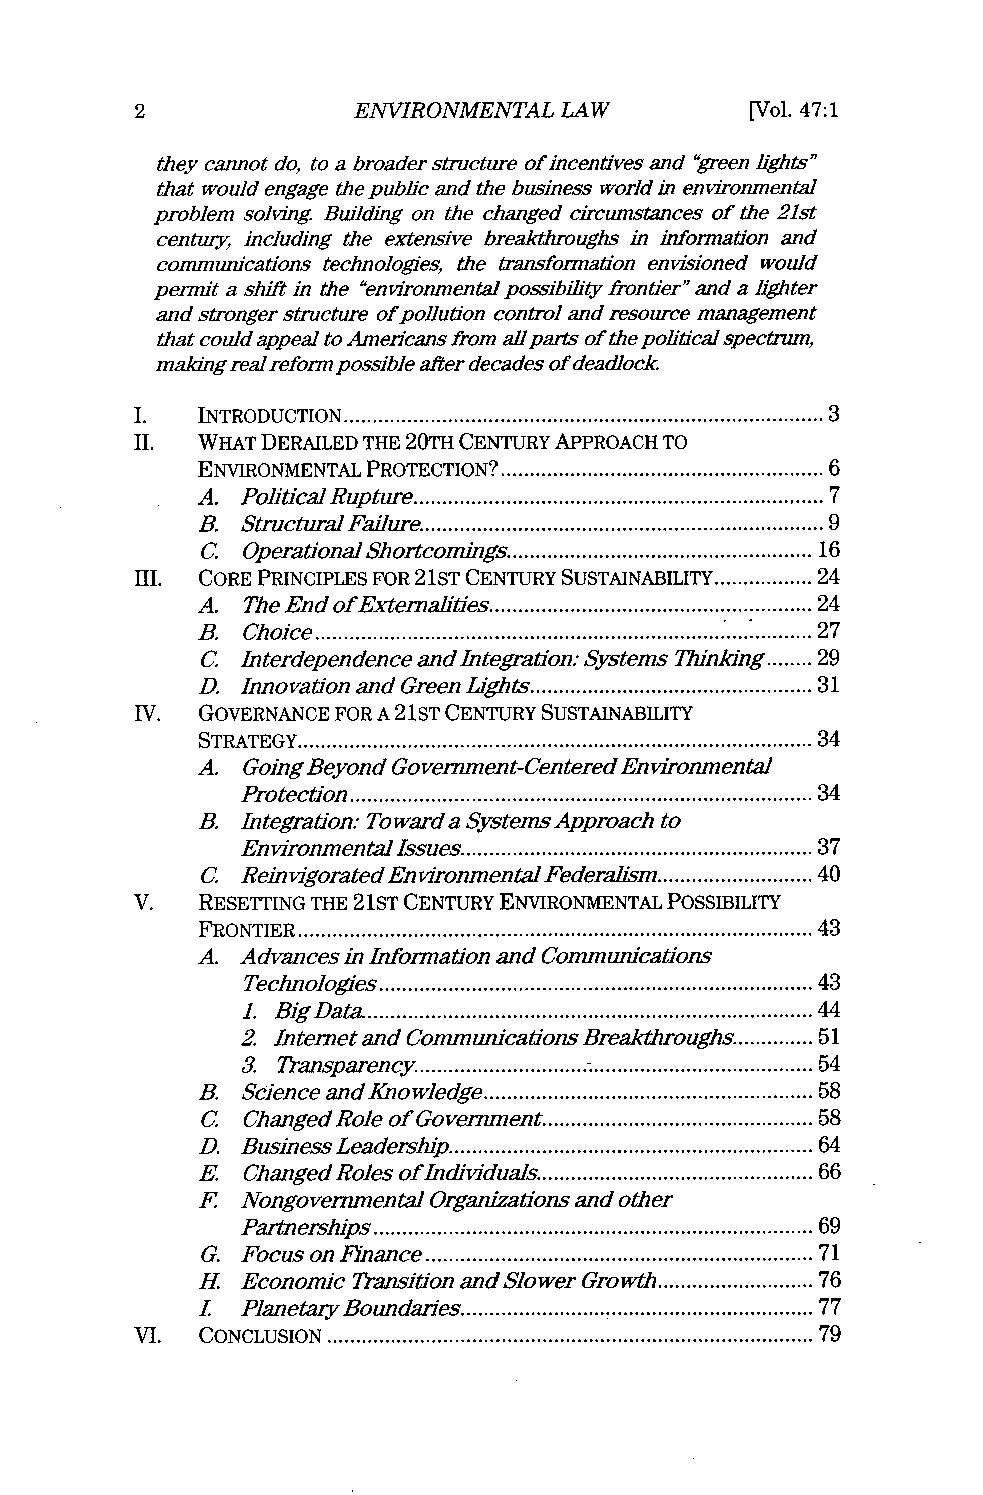
2             ENVIRONMENTAL LAW          [Vol. 47:1
 they cannot do, to a broaders tructure of incentives and "greenh ghts"
 that would engage the public and the business world in environmental
 problem solving. Building on the changed circumstances of the 21st
 century, including the extensive breakthroughs in information and
 communications technologies, the transformation envisioned would
 permit a shift in the "environmentalp ossibility frontier"a nd a lighter
 and stronger structure of pollution control and resource management
 that could appeal to Americans from allp arts of the politicals pectrum,
 making realreformp ossible after decades of deadlock.
 I.  INTRODUCTION ......................................... 3
 II. WHAT DERAILED THE 20TH CENTURY APPROACH TO
 ENVIRONMENTAL PROTECTION? . .... ..... .. ................ 6
 A. PohticalR upture. ...................... .......... 7
 B. StructuralF ailure........................... 9
 C  OperationaSl hortcomings..................... 16
 III. CORE PRINCIPLES FOR 21ST CENTURY SUSTAINABILITY.............. 24
 A. The End of Externalities. ................ ......... 24
 B. Choice    .......................................... 27
 C  Interdependencea nd Integration:S ystems Thinldng........ 29
 D. Innovation and Green Lights............................ 31
 IV. GOVERNANCE FOR A 21ST CENTURY SUSTAINABILITY
 STRATEGY............................................. 34
 A. GoingB eyond Government-CenteredE nvironmental
 Protection             ..............  4......................3
 B. Integration: Toward a Systems Approach to
 EnvironmentalI ssues............................... 37
 C  ReinvigoratedE nvironmentalF ederalism . ............ 40
 V.  RESETTING THE 21ST CENTURY ENVIRONMENTAL POSSIBILITY
 FRONTIER                ............................................ 43
 A. Advances in Information and Communications
 Technologies. ............................ ..... 43
 1. BigD ata.  ............................. .......... 44
 2. Interneta nd CommunicationsB reakthroughs........... 51
 3. Transparency.....       ....................... 54
 B. Science and Knowledge......... ................. 58
 C  ChangedR ole of Government........... .............. 58
 D. BusinessL eadership. ..................... 64
 E  ChangedR oles ofIndividuals................. ..... 66
 F  NongovernmentalO rganizationsa nd other
 Partnershis .................................. 69
 G. Focus on Finance ................................ 71
 H  Economic Transition andS lower Growth . ............ 76
 L  PlanetaryBoundaries. .......................... 77
 VI. CONCLUSION               .......................................... 79